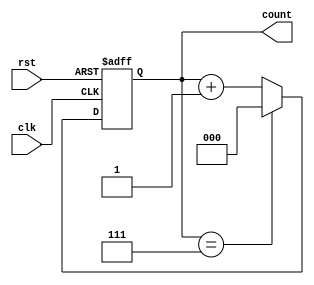
module mod_n_async_counter #(
    parameter N = 8 // Modulus value (must be a power of 2)
)(
    input wire clk,        // Asynchronous enable signal
    input wire rst,        // Asynchronous reset signal
    output reg [2:0] count // 3-bit output for counting (for Mod-8)
);

    // Internal signal to determine when to reset the counter
    wire reset_condition;

    // Combinational logic to detect when the count reaches N
    assign reset_condition = (count == (N-1));

    // Asynchronous reset and counting mechanism
    always @(posedge clk or posedge rst) begin
        if (rst) begin
            count <= 3'b000; // Reset the counter to 0
        end else if (clk) begin
            if (reset_condition) begin
                count <= 3'b000; // Reset to 0 when reaching N
            end else begin
                count <= count + 1; // Increment the counter
            end
        end
    end

endmodule